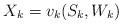
LaTeX: \begin{align*} X_k=v_k(S_k, W_k) \end{align*}